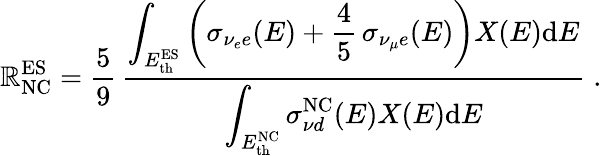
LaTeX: \mathbb{R}_{\mathrm{{NC}}}^{\mathrm{{ES}}}={\frac{{5}}{{9}}}\, {\frac{{\displaystyle\int_{E_{\mathrm{{th}}}^{\mathrm{{ES}}}}\left(\sigma_{\nu_{e}e}(E)+{\frac{{4}}{{5}}}\, \sigma_{\nu_{\mu}e}(E)\right)X(E)\mathrm{{d}}E}}{{\displaystyle\int_{E_{\mathrm{{th}}}^{\mathrm{{NC}}}}\sigma_{{\nu}d}^{\mathrm{{NC}}}(E)X(E)\mathrm{{d}}E}}}\; .